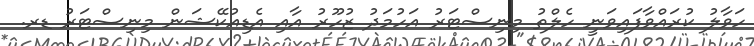
ހަވާލު ކުރައްވާފައިވަނީ ހެލްތު މިނިސްޓަރު އަހުމަދު ޒުހޫރު އާއި އެޑިއުކޭޝަން މިނިސްޓަރު ޑރ.